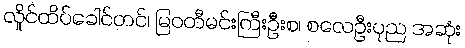
လှိုင်ထိပ်ခေါင်တင်၊ မြဝတီမင်းကြီးဦးစ၊ စလေဦးပုည အဆုံး